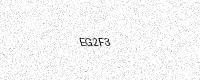
Text: EG2F3